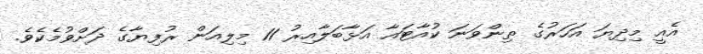
އެއީ މިދިޔަ އަހަރުގެ ތިންވަނަ ކުއާޓައާ އަޅާބަލާއިރު 11 މިލިއަން ރުފިޔާގެ ދަށްވުމެކެވެ.